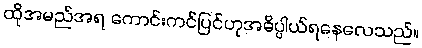
ထိုအမည်အရ ကောင်းကင်ပြင်ဟုအဓိပ္ပါယ်ရနေလေသည်။